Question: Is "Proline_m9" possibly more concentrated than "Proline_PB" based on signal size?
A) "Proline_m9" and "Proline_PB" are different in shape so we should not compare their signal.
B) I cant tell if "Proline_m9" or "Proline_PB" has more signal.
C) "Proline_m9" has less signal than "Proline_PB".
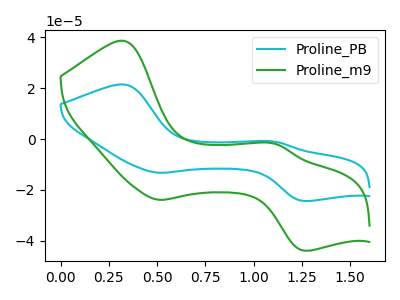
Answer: <think>The cyan curve "Proline_PB" has anodic peaks at (0.35V, 21.45uA) (1.10V, -1.05uA) and cathodic peaks at (0.50V, -13.25uA) (1.25V, -24.35uA). The green curve "Proline_m9" has anodic peaks at (0.35V, 38.65uA) (1.10V, -1.95uA) and cathodic peaks at (0.50V, -23.90uA) (1.25V, -43.90uA).
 All the peaks in "Proline_m9" have a peak in "Proline_PB" at the same potential.</think>
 <answer>B) I cant tell if "Proline_m9" or "Proline_PB" has more signal.</answer>
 <eval>B</eval>